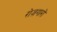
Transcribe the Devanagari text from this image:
रोज़गारों